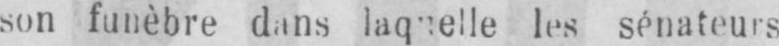
les sénateurs